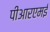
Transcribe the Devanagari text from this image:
पीआरएमई